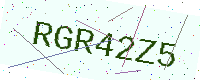
Text: RGR42Z5